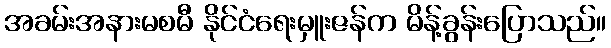
အခမ်းအနားမစမီ နိုင်ငံရေးမှူးဇန်က မိန့်ခွန်းပြောသည်။